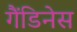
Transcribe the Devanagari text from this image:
गैंडिनेस